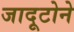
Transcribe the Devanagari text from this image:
जादूटोने